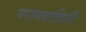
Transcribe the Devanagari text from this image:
परागवाहिनी